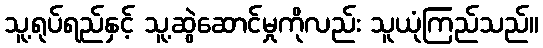
သူ့ရုပ်ရည်နှင့် သူ့ဆွဲဆောင်မှုကိုလည်း သူယုံကြည်သည်။